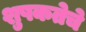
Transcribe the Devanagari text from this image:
शुषकतेचे